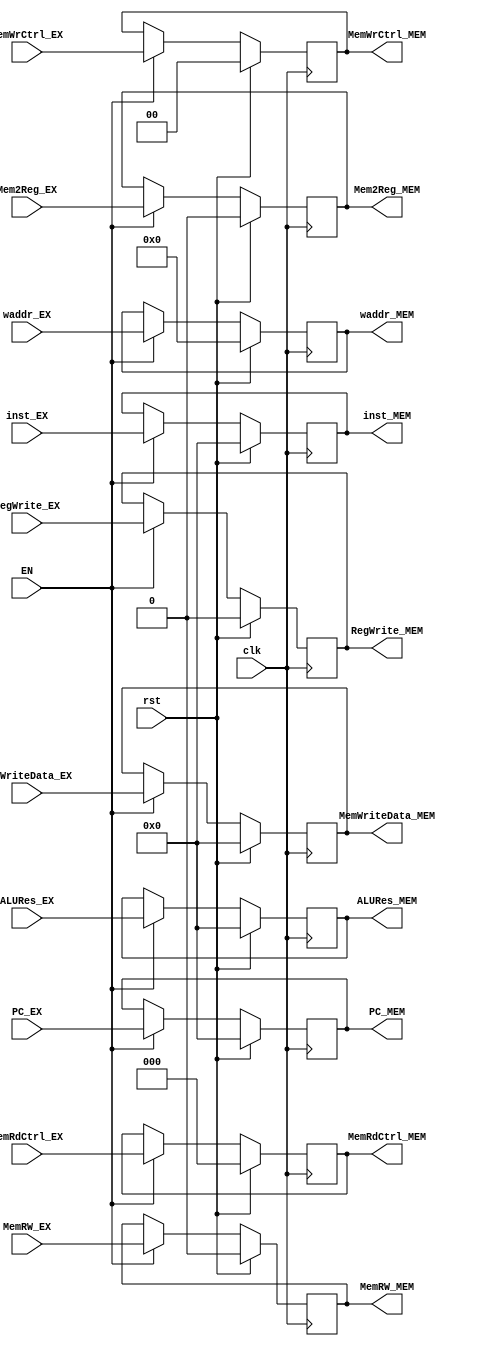
`timescale 1ns / 1ps

module EX_MEM(
    input clk,
    input rst,
    input EN,
    
    input [31:0]        PC_EX,
    input [31:0]        inst_EX,
    input [31:0]        ALURes_EX,
    input [31:0]        MemWriteData_EX,
    input               MemRW_EX,
    input [2:0]         MemRdCtrl_EX,
    input [1:0]         MemWrCtrl_EX,
    input               RegWrite_EX,
    input [4:0]         waddr_EX,
    input               Mem2Reg_EX,
   
    output reg [31:0]   PC_MEM,
    output reg [31:0]   inst_MEM,
    output reg [31:0]   ALURes_MEM,
    output reg [31:0]   MemWriteData_MEM,
    output reg          MemRW_MEM,
    output reg [2:0]    MemRdCtrl_MEM,
    output reg [1:0]    MemWrCtrl_MEM,
    output reg          RegWrite_MEM,
    output reg [4:0]    waddr_MEM,
    output reg          Mem2Reg_MEM
);
    
    always @(posedge clk) begin
        if(rst) begin
            PC_MEM           <= 0;
            inst_MEM         <= 0;
            ALURes_MEM       <= 0;
            MemWriteData_MEM <= 0;
            MemRW_MEM        <= 0;
            MemRdCtrl_MEM    <= 0;
            MemWrCtrl_MEM    <= 0;
            RegWrite_MEM     <= 0;
            waddr_MEM        <= 0;
            Mem2Reg_MEM      <= 0;
        end
        else begin
            if(EN) begin
                PC_MEM           <= PC_EX;
                inst_MEM         <= inst_EX;
                ALURes_MEM       <= ALURes_EX;
                MemWriteData_MEM <= MemWriteData_EX;
                MemRW_MEM        <= MemRW_EX;
                MemRdCtrl_MEM    <= MemRdCtrl_EX;
                MemWrCtrl_MEM    <= MemWrCtrl_EX;
                RegWrite_MEM     <= RegWrite_EX;
                waddr_MEM        <= waddr_EX;
                Mem2Reg_MEM      <= Mem2Reg_EX;
            end
            else begin
                PC_MEM           <= PC_MEM;
                inst_MEM         <= inst_MEM;
                ALURes_MEM       <= ALURes_MEM;
                MemWriteData_MEM <= MemWriteData_MEM;
                MemRW_MEM        <= MemRW_MEM;
                MemRdCtrl_MEM    <= MemRdCtrl_MEM;
                MemWrCtrl_MEM    <= MemWrCtrl_MEM;
                RegWrite_MEM     <= RegWrite_MEM;
                waddr_MEM        <= waddr_MEM;
                Mem2Reg_MEM      <= Mem2Reg_MEM;
            end
        end
    end
endmodule